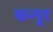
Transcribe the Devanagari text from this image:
कन्‍नूर